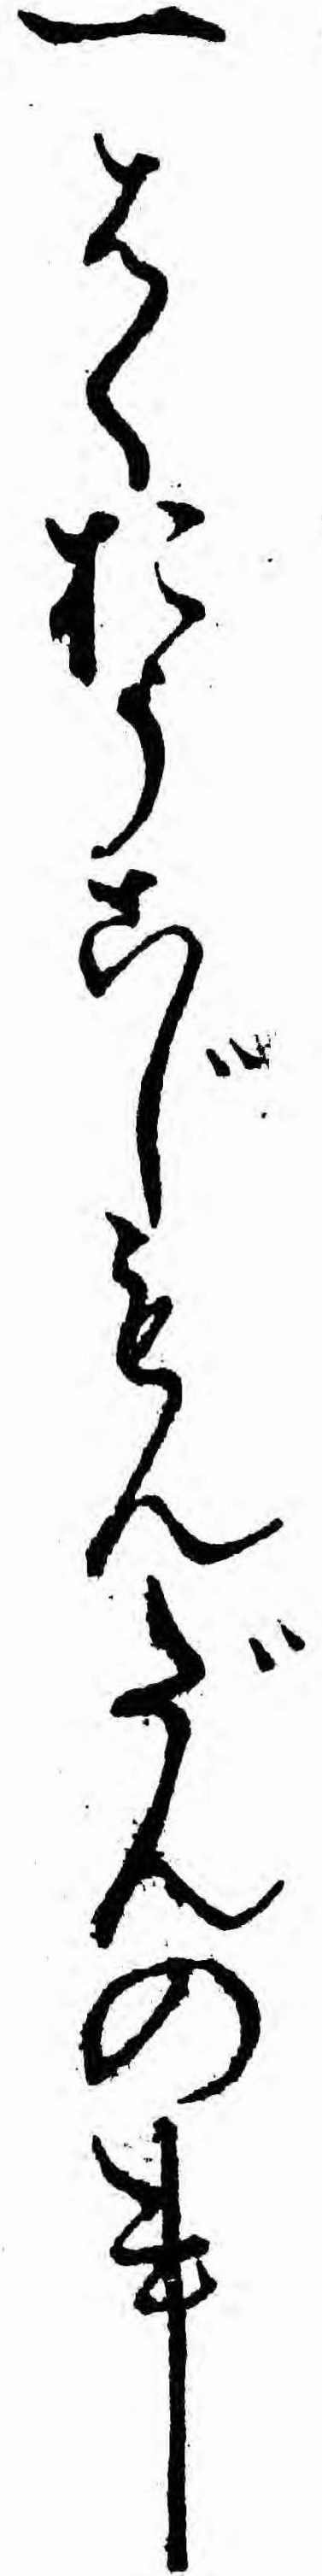
一はくおうこじもんだんの事